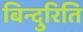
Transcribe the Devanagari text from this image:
बिन्दुरिति